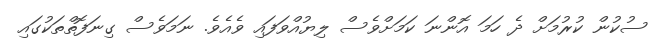
ސުކުން ކުރުމަށް ދެ ހަމަ އޮންނަ ކަމަށްވެސް ލިޔުއްވަފައި ވެއެވެ. ނަމަވެސް ގިނަފޮތްތަކުގައި